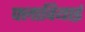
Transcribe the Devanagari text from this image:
फ्लावियाई